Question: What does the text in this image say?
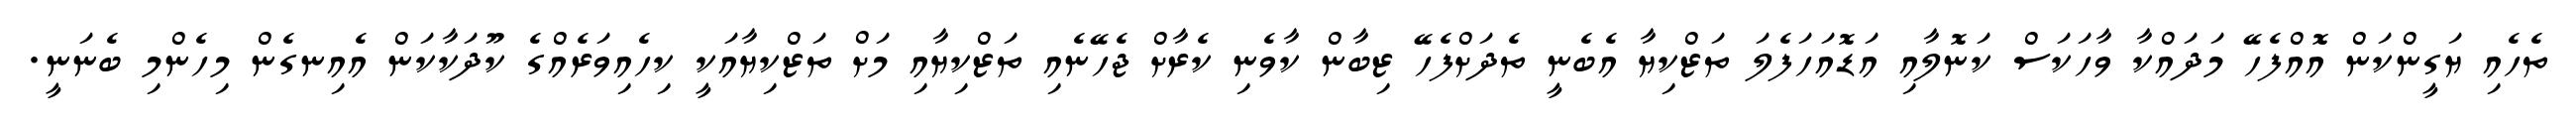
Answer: ތެހެއި ޔަގީންކަން އޮއްފެހޭ މަދައްކާ ވާހަކަސް ކަނޮލާއި އަޑޮއަހަފެލަ ތަޒްކިޔާ އެބެނީ ތެދަށްފެހޭ ޒިބާން ކާވެނި ކެރާށް ޖެހޭނެއި ތަޒްކިޔާއި މަށް ތަޒްކިޔާއަކީ ކިހެއިވަރެއްގެ ކޫދަކާކަން އެއިނގެން މިހެންމި ބެނަނީ.